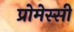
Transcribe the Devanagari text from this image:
प्रोमेस्सी